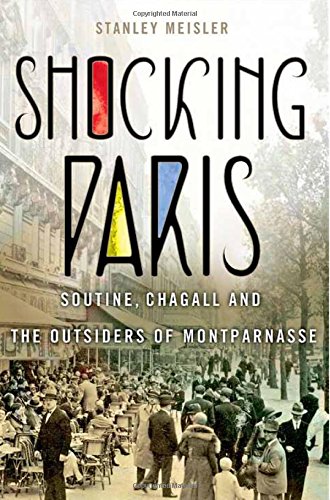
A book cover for Shocking Paris: Soutine, Chagall and the Outsiders of Montparnasse; Stanley Meisler; History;